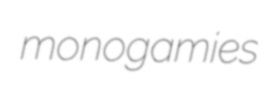
monogamies